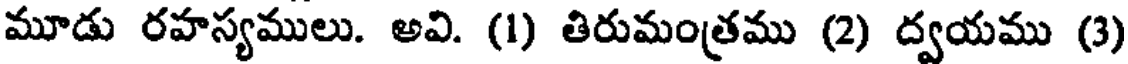
మూడు రహస్యములు. అవి. (1) తిరుమంత్రము (2) ద్వయము (3)